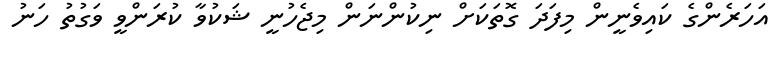
އަހަރެންގެ ކައިވެނީން މިފަދަ ގޮތަކަށް ނިކުންނަން މިޖެހުނީ ޝަކުވާ ކުރަންވީ ވަގުތު ހަނު